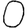
Digit: 0